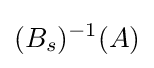
(B_{s})^{-1}(A)